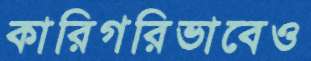
কারিগরিভাবেও